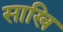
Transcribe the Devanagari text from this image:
साखि